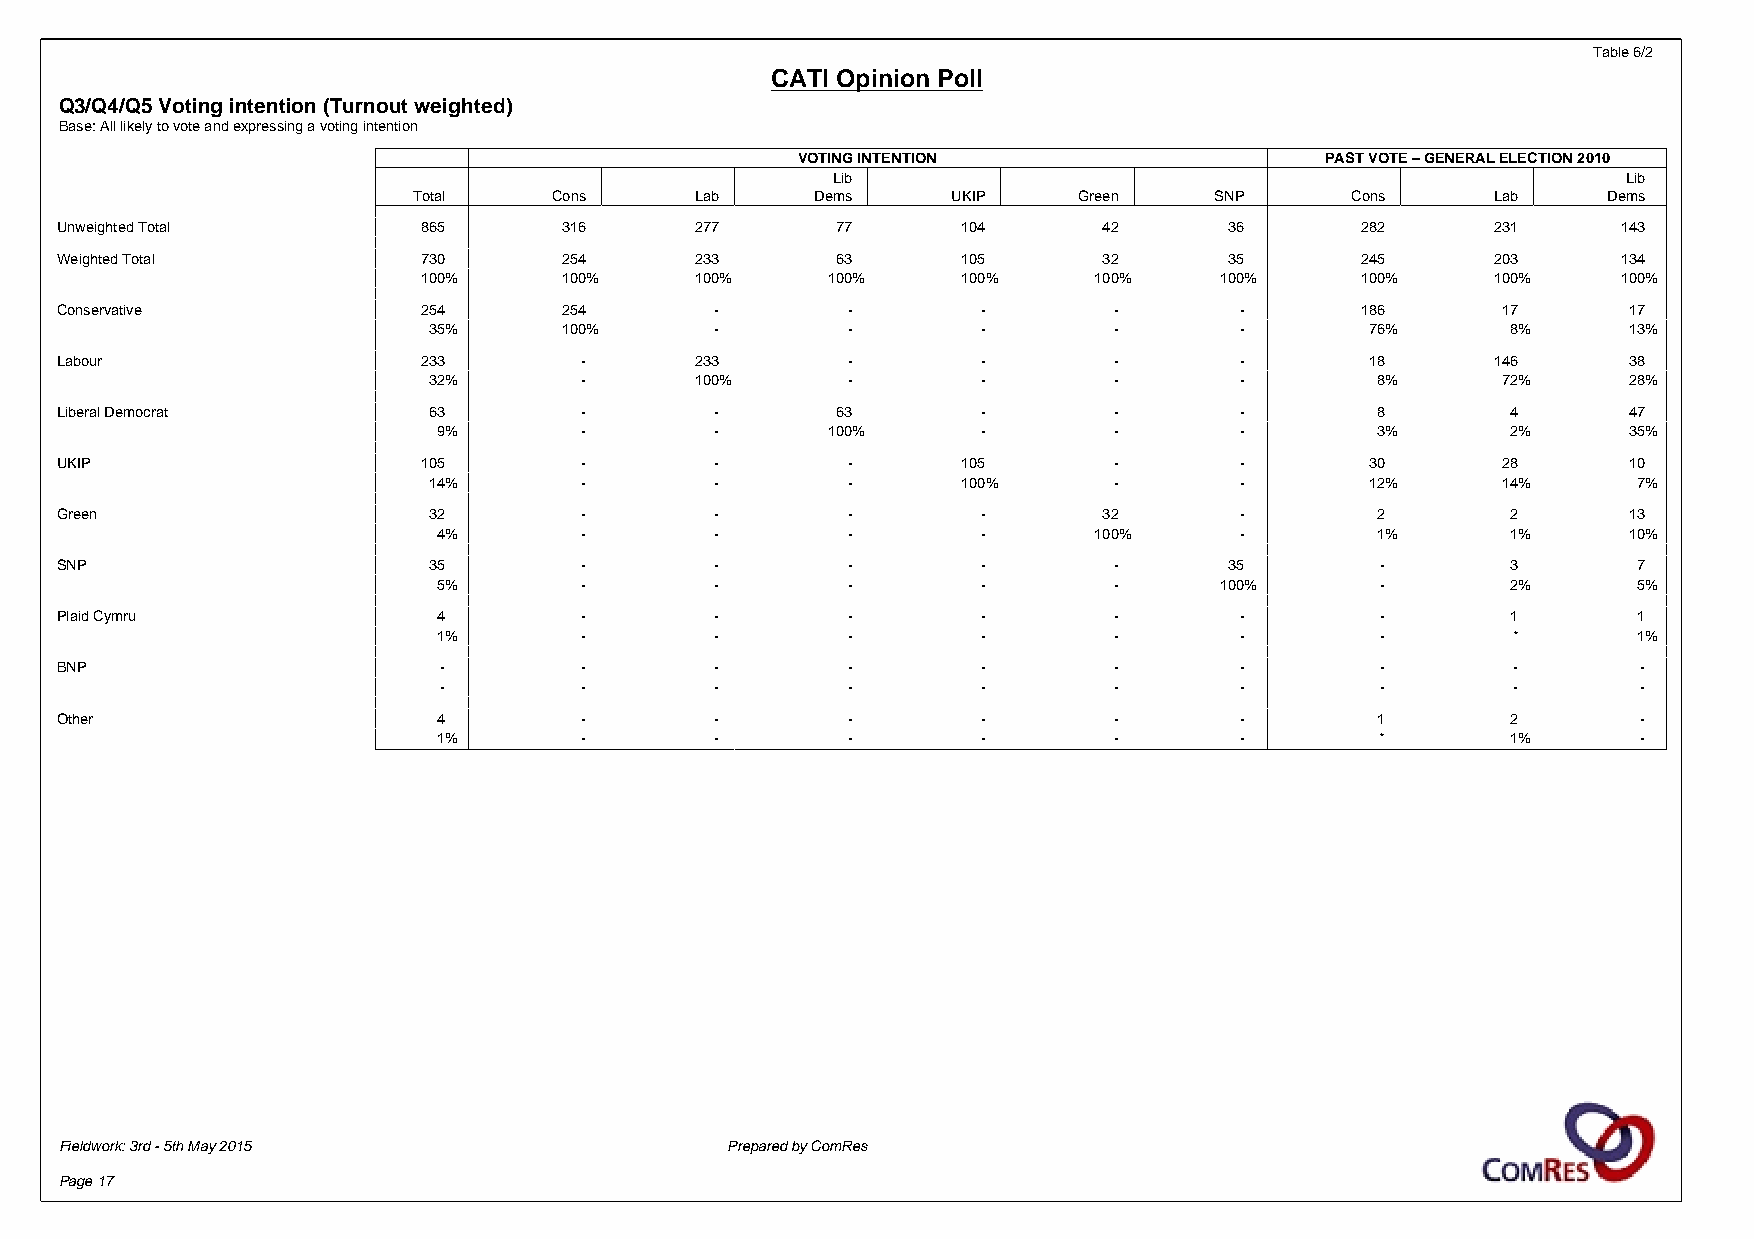
Table 6/2
 CATI Opinion Poll
 Q3/Q4/Q5 Voting intention (Turnout weighted)
 Base: All likely to vote and expressing a voting intention
 VOTING INTENTION                   PAST VOTE – GENERAL ELECTION 2010
 Lib                                                  Lib
 Total     Cons     Lab     Dems     UKIP    Green    SNP      Cons      Lab    Dems
 Unweighted Total        865      316      277      77       104      42      36       282      231     143
 Weighted Total          730      254      233      63       105      32      35       245      203     134
 100%     100%     100%     100%     100%    100%     100%     100%     100%    100%
 Conservative            254      254       -        -        -        -       -       186      17       17
 35%      100%      -        -        -        -       -        76%      8%      13%
 Labour                  233       -       233       -        -        -       -        18      146      38
 32%       -       100%      -        -        -       -        8%      72%      28%
 Liberal Democrat        63        -        -       63        -        -       -        8        4       47
 9%       -        -       100%      -        -       -        3%       2%      35%
 UKIP                    105       -        -        -       105       -       -        30      28       10
 14%       -        -        -       100%      -       -        12%     14%      7%
 Green                   32        -        -        -        -       32       -        2        2       13
 4%       -        -        -        -      100%      -        1%       1%      10%
 SNP                     35        -        -        -        -        -      35        -        3       7
 5%       -        -        -        -        -      100%      -        2%      5%
 Plaid Cymru              4        -        -        -        -        -       -        -        1       1
 1%       -        -        -        -        -       -        -        *       1%
 BNP                      -        -        -        -        -        -       -        -        -        -
 -        -        -        -        -        -       -        -        -        -
 Other                    4        -        -        -        -        -       -        1        2        -
 1%       -        -        -        -        -       -        *        1%       -
 Fieldwork: 3rd - 5th May 2015               Prepared by ComRes
 Page 17